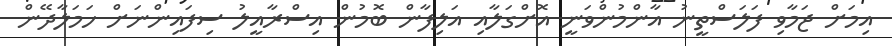
އިމަށް ޖަމާވި ފަލަސްތީނު އާންމުންވަނީ އޮށްގަލާއި އަލިފާން ބޮމުން އިސްރާއީލު ސިފައިންނަށް ހަމަލާދޭން